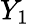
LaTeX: Y_{1}